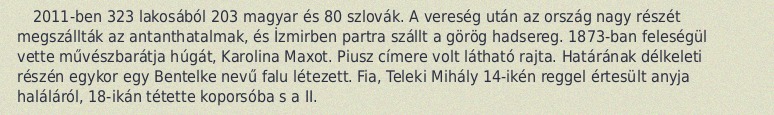
2011-ben 323 lakosából 203 magyar és 80 szlovák. A vereség után az ország nagy részét megszállták az antanthatalmak, és İzmirben partra szállt a görög hadsereg. 1873-ban feleségül vette művészbarátja húgát, Karolina Maxot. Piusz címere volt látható rajta. Határának délkeleti részén egykor egy Bentelke nevű falu létezett. Fia, Teleki Mihály 14-ikén reggel értesült anyja haláláról, 18-ikán tétette koporsóba s a II.